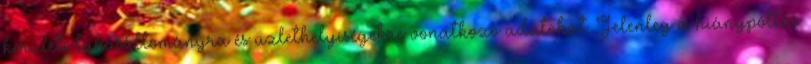
kerületi lakásállományra és üzlethelyiségekre vonatkozó adatokat. Jelenleg a hiánypótlás